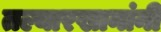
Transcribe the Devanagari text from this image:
तल्यारखानांनी